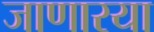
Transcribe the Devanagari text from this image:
जाणारया